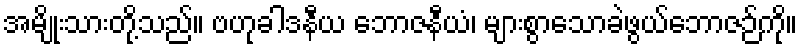
အမျိုးသားတို့သည်။ ဗဟုခါဒနီယ ဘောဇနီယံ၊ များစွာသောခဲဖွယ်ဘောဇဉ်ကို။